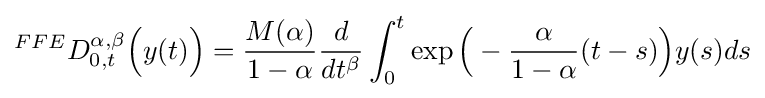
^{FFE}D_{0,t}^{\alpha ,\beta }{\Big (}y(t){\Big )}={\dfrac {M(\alpha )}{1-\alpha }}{\dfrac {d}{dt^{\beta }}}\int _{0}^{t}\exp {\Big (}-{\dfrac {\alpha }{1-\alpha }}(t-s){\Big )}y(s)ds